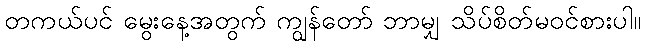
တကယ်ပင် မွေးနေ့အတွက် ကျွန်တော် ဘာမျှ သိပ်စိတ်မဝင်စားပါ။